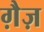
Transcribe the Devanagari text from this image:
ग़ैज़